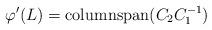
LaTeX: \begin{align*} \varphi'(L) = \mathrm{column span}(C_2 C_1^{-1})\end{align*}